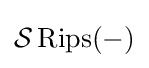
{\mathcal {S}}\operatorname {Rips} (-)